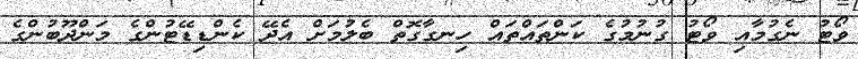
ވޯޓު ނެގުމާއި ވޯޓު ގުނުމުގެ ކަންތައްތައް ހިނގާގޮތް ބެލުމަށް އެދޭ ކެންޑިޑޭޓުންގެ މަންދޫބުންގެ